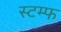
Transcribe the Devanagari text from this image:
स्टम्फ